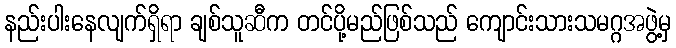
နည်းပါးနေလျက်ရှိရာ ချစ်သူဆီက တင်ပို့မည်ဖြစ်သည် ကျောင်းသားသမဂ္ဂအဖွဲ့မှ